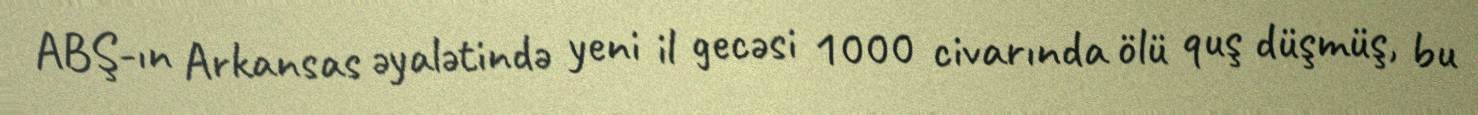
ABŞ-ın Arkansas əyalətində yeni il gecəsi 1000 civarında ölü quş düşmüş, bu